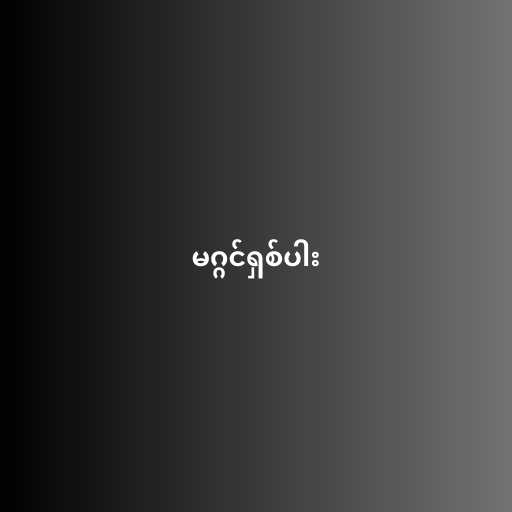
မဂ္ဂင်ရှစ်ပါး